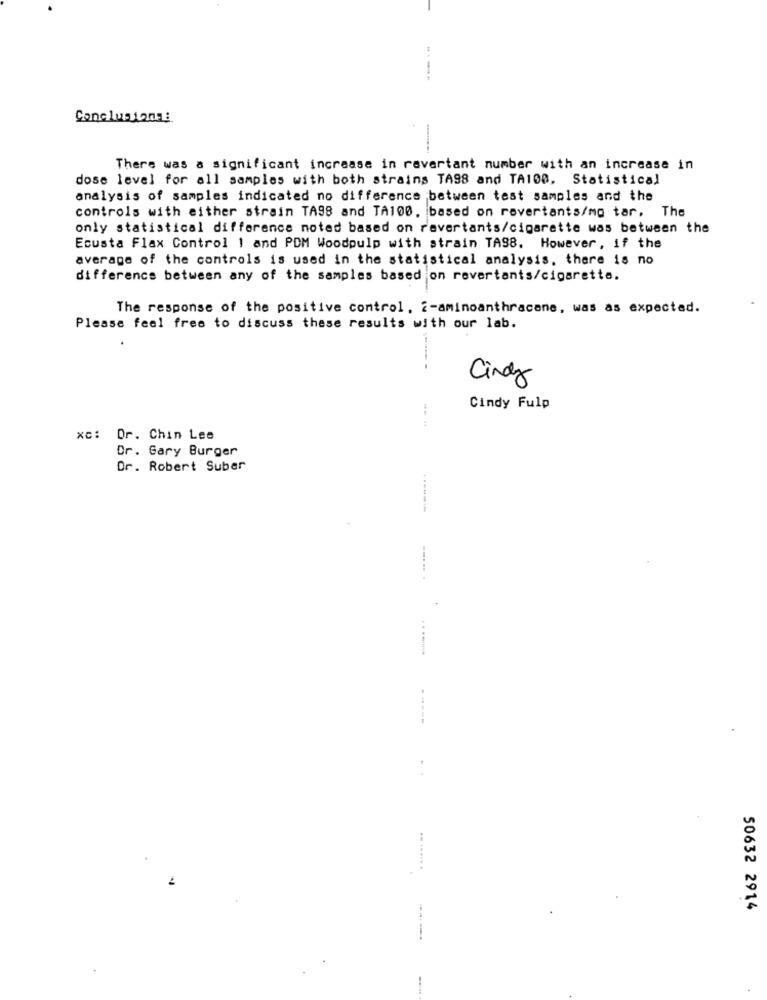
-----
-
There was a significant increase in revertant number with an increase in
dose level for all samples with both strains TA98 and TA100. Statistical
analysis of samples indicated no difference between test samples and the
controls with either strain TA98 and TA100. based on revertants/mo tar, The
only statistical difference noted based on revertants/cigarette was between the
Ecusta Flax Control 1 and PDM Woodpulp with strain TA98. However, if the
average of the controls is used in the statistical analysis, there is no
difference between any of the samples based on revertants/cigarette.
The response of the positive control, 2-aminoanthracene, was as expected.
Please feel free to discuss these results with our lab.
Cindy
Cindy Fulp
. .
xc: Dr. Chin Lee
Dr. Gary Burger
Dr. Robert Suber
--
50632 2914